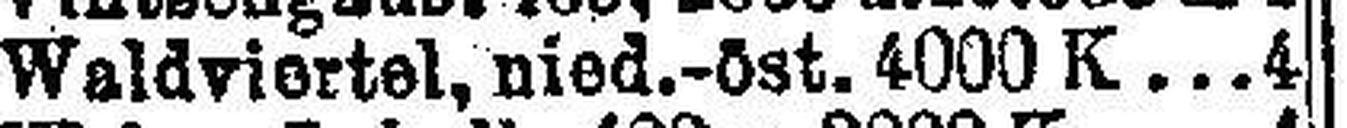
Waldviertel, nied.-öst. 4000 K 4